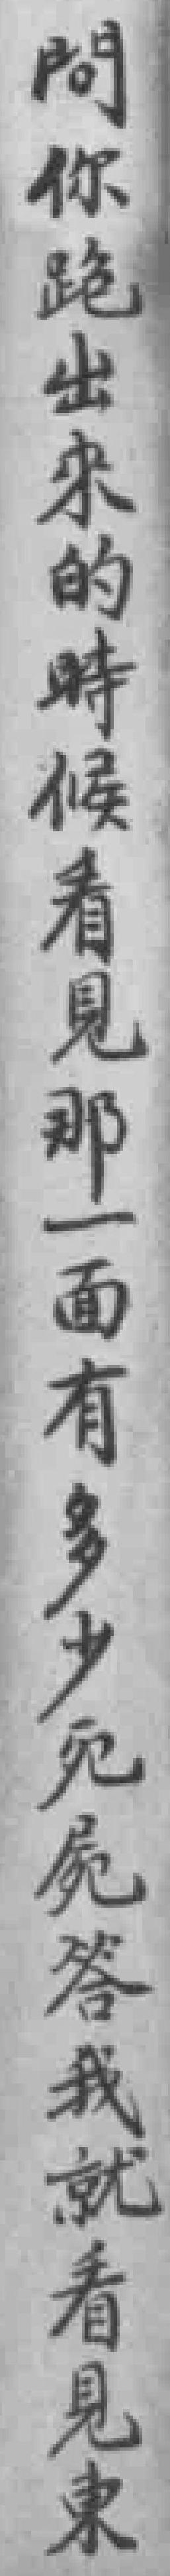
問你跑出來的時候看見那一面有多少死屍答我就看見東